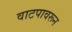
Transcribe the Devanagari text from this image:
वाटपावरून